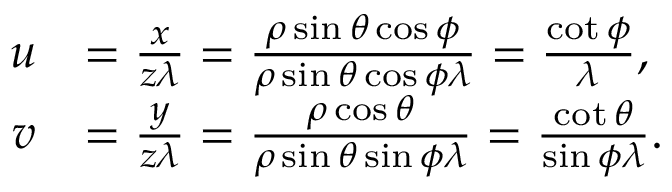
\begin{array} { r l } { u } & { = \frac { x } { z \lambda } = \frac { \rho \sin { \theta } \cos { \phi } } { \rho \sin { \theta } \cos { \phi } \lambda } = \frac { \cot { \phi } } { \lambda } , } \\ { v } & { = \frac { y } { z \lambda } = \frac { \rho \cos { \theta } } { \rho \sin { \theta } \sin { \phi } \lambda } = \frac { \cot { \theta } } { \sin { \phi } \lambda } . } \end{array}